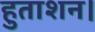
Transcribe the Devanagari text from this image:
हुताशन।